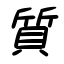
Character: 質